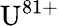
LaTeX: {\mathrm{U}}^{81+}